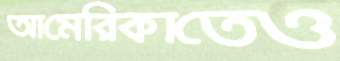
আমেরিকাতেও